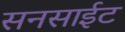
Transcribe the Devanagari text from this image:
सनसाईट